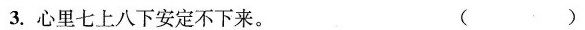
3.心里七上八下安定不下来。 ( )